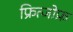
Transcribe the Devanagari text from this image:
फ्रित्जोफ़